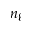
n _ { \ell }